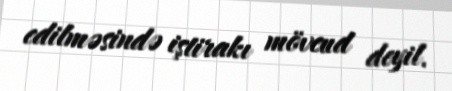
edilməsində iştirakı mövcud deyil.